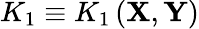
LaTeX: K_{1}\equiv K_{1}\left(\mathbf{X},\mathbf{Y}\right)